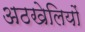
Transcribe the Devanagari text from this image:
अठखेलियों